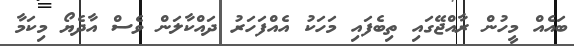
ބައެއް މީހުން ރާއްޖޭގައި ތިބެފައި މަހަކު އެއްފަހަރު ދައްކާލަން ވެސް އާދެޔޯ މިކަމާ